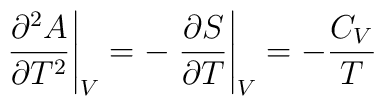
\left. \frac{\partial^2 A}{\partial T^2}\right|_V =-\left. \frac{\partial S}{\partial T}\right|_V=-\frac{C_V}{T}